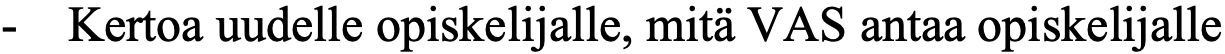
-  Kertoa uudelle opiskelijalle, mitä VAS antaa opiskelijalle